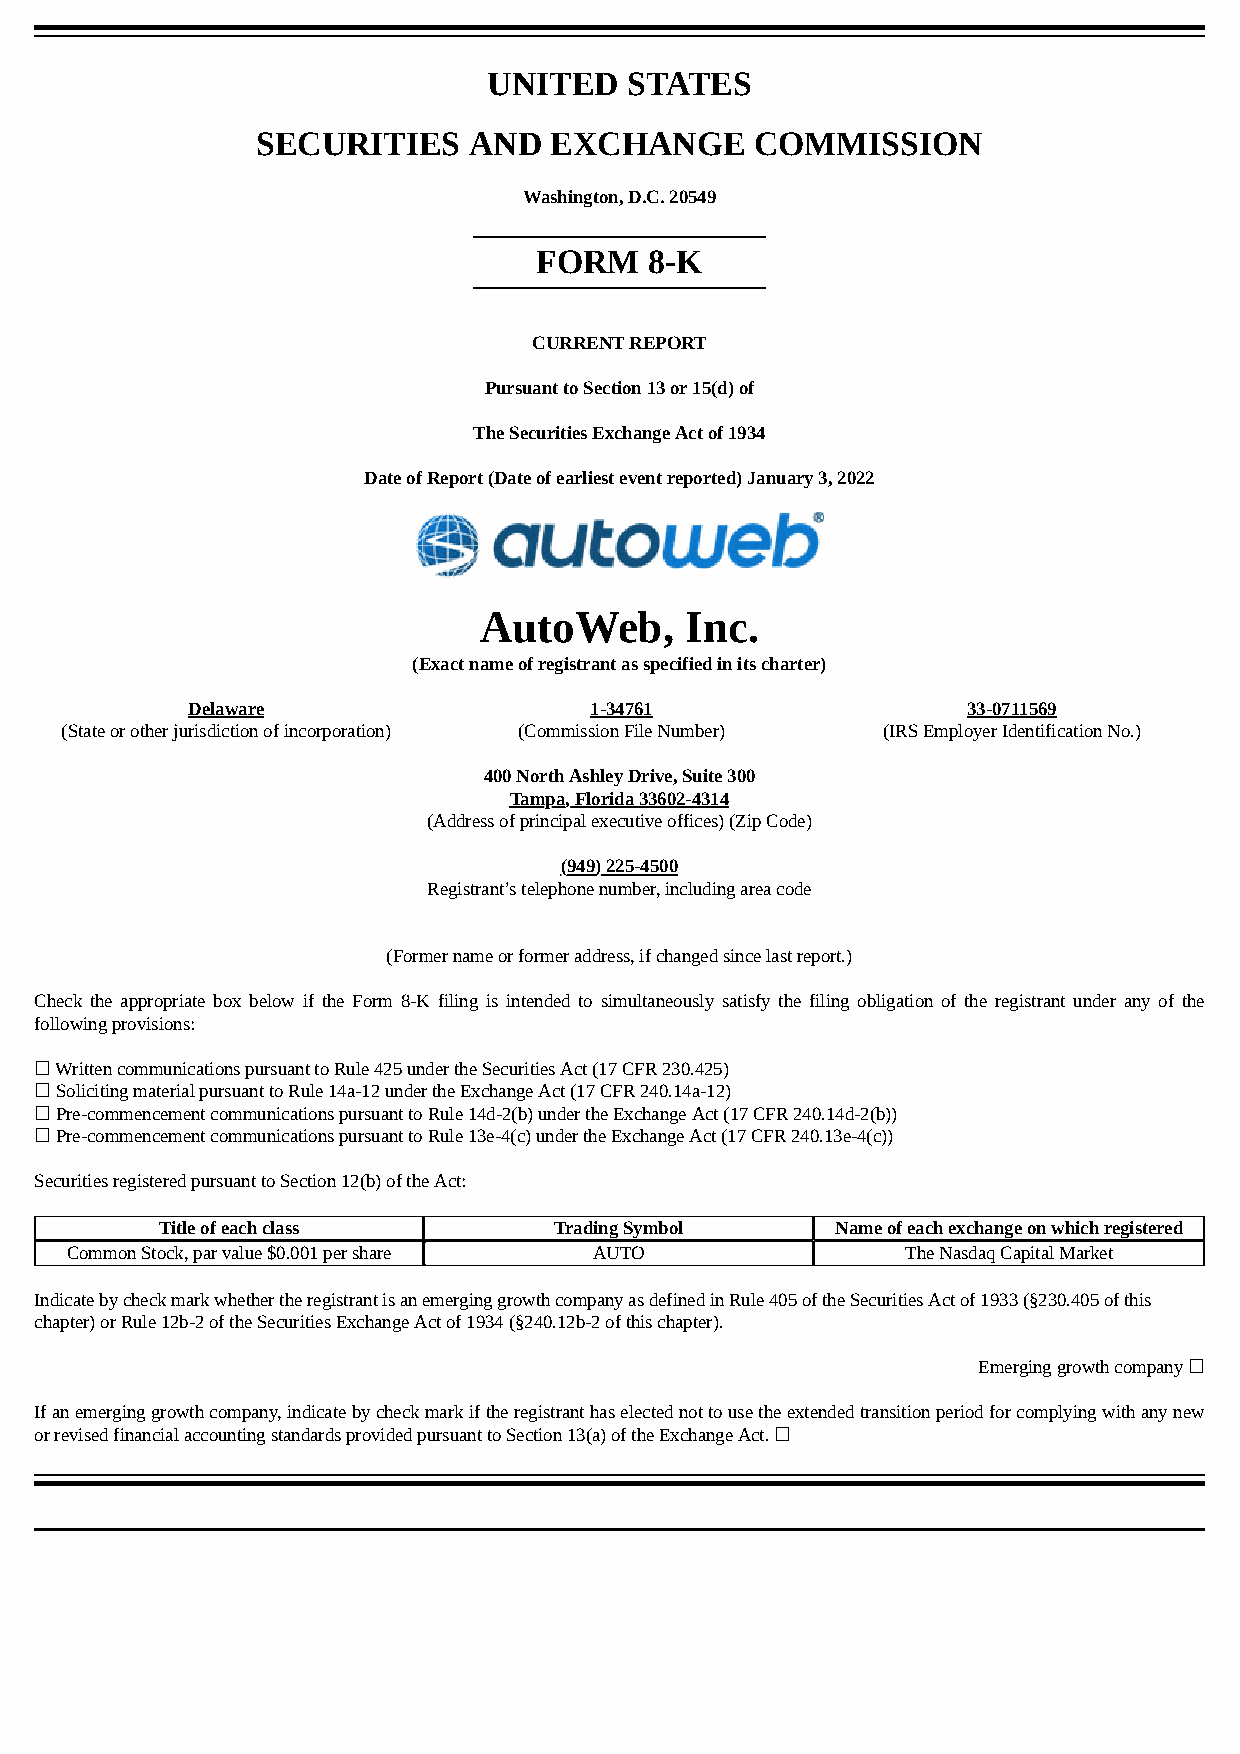
UNITED   STATES
 SECURITIES    AND  EXCHANGE      COMMISSION
 Washington, D.C. 20549
 FORM   8-K
 CURRENT REPORT
 Pursuant to Section 13 or 15(d) of
 The Securities Exchange Act of 1934
 Date of Report (Date of earliest event reported) January 3, 2022
 AutoWeb,     Inc.
 (Exact name of registrant as specified in its charter)
 Delaware                   1-34761                  33-0711569
 (State or other jurisdiction of incorporation) (Commission File Number) (IRS Employer Identification No.)
 400 North Ashley Drive, Suite 300
 Tampa, Florida 33602-4314
 (Address of principal executive offices) (Zip Code)
 (949) 225-4500
 Registrant’s telephone number, including area code
 (Former name or former address, if changed since last report.)
 Check the appropriate box below if the Form 8-K filing is intended to simultaneously satisfy the filing obligation of the registrant under any of the
 following provisions:
 ☐ Written communications pursuant to Rule 425 under the Securities Act (17 CFR 230.425)
 ☐ Soliciting material pursuant to Rule 14a-12 under the Exchange Act (17 CFR 240.14a-12)
 ☐ Pre-commencement communications pursuant to Rule 14d-2(b) under the Exchange Act (17 CFR 240.14d-2(b))
 ☐ Pre-commencement communications pursuant to Rule 13e-4(c) under the Exchange Act (17 CFR 240.13e-4(c))
 Securities registered pursuant to Section 12(b) of the Act:
 Title of each class        Trading Symbol    Name of each exchange on which registered
 Common Stock, par value $0.001 per share AUTO           The Nasdaq Capital Market
 Indicate by check mark whether the registrant is an emerging growth company as defined in Rule 405 of the Securities Act of 1933 (§230.405 of this
 chapter) or Rule 12b-2 of the Securities Exchange Act of 1934 (§240.12b-2 of this chapter).
 Emerging growth company ☐
 If an emerging growth company, indicate by check mark if the registrant has elected not to use the extended transition period for complying with any new
 or revised financial accounting standards provided pursuant to Section 13(a) of the Exchange Act. ☐